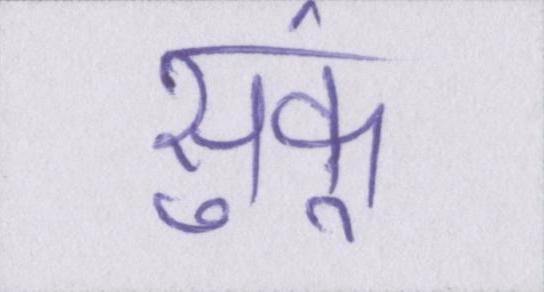
सुकूं